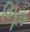
વિપૂલ